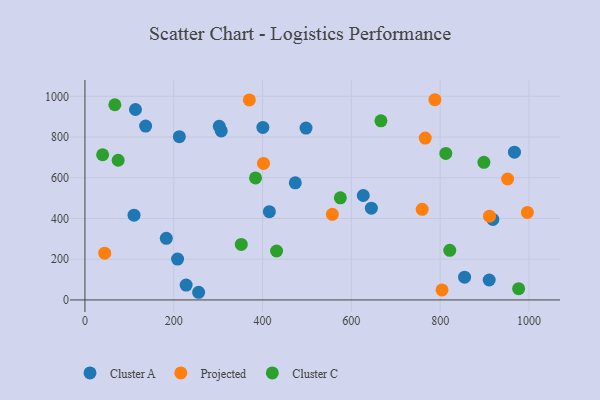
{"axis": {"x": "Distance", "y": "Yield"}, "legend": ["Cluster A", "Cluster C", "Projected"], "data": [{"x": "136.6", "y": 854.0, "type": "Cluster A"}, {"x": "183.2", "y": 302.5, "type": "Cluster A"}, {"x": "110.5", "y": 416.1, "type": "Cluster A"}, {"x": "212.6", "y": 801.8, "type": "Cluster A"}, {"x": "645.0", "y": 450.6, "type": "Cluster A"}, {"x": "113.8", "y": 935.1, "type": "Cluster A"}, {"x": "227.9", "y": 72.9, "type": "Cluster A"}, {"x": "208.6", "y": 200.6, "type": "Cluster A"}, {"x": "497.9", "y": 844.1, "type": "Cluster A"}, {"x": "967.3", "y": 725.7, "type": "Cluster A"}, {"x": "855.0", "y": 111.8, "type": "Cluster A"}, {"x": "307.0", "y": 829.9, "type": "Cluster A"}, {"x": "626.8", "y": 513.0, "type": "Cluster A"}, {"x": "256.0", "y": 37.7, "type": "Cluster A"}, {"x": "415.3", "y": 433.5, "type": "Cluster A"}, {"x": "302.5", "y": 853.0, "type": "Cluster A"}, {"x": "400.7", "y": 847.4, "type": "Cluster A"}, {"x": "910.4", "y": 98.0, "type": "Cluster A"}, {"x": "918.7", "y": 395.6, "type": "Cluster A"}, {"x": "473.7", "y": 574.9, "type": "Cluster A"}, {"x": "370.2", "y": 982.2, "type": "Projected"}, {"x": "788.1", "y": 983.2, "type": "Projected"}, {"x": "911.1", "y": 411.5, "type": "Projected"}, {"x": "996.4", "y": 429.6, "type": "Projected"}, {"x": "759.5", "y": 445.0, "type": "Projected"}, {"x": "766.4", "y": 795.1, "type": "Projected"}, {"x": "557.2", "y": 420.4, "type": "Projected"}, {"x": "44.5", "y": 229.9, "type": "Projected"}, {"x": "804.2", "y": 49.2, "type": "Projected"}, {"x": "402.1", "y": 670.6, "type": "Projected"}, {"x": "951.9", "y": 594.0, "type": "Projected"}, {"x": "575.2", "y": 501.7, "type": "Cluster C"}, {"x": "666.6", "y": 879.7, "type": "Cluster C"}, {"x": "898.5", "y": 676.0, "type": "Cluster C"}, {"x": "39.8", "y": 713.0, "type": "Cluster C"}, {"x": "821.6", "y": 243.5, "type": "Cluster C"}, {"x": "431.6", "y": 240.3, "type": "Cluster C"}, {"x": "812.7", "y": 719.4, "type": "Cluster C"}, {"x": "352.1", "y": 272.8, "type": "Cluster C"}, {"x": "384.1", "y": 599.2, "type": "Cluster C"}, {"x": "67.3", "y": 958.5, "type": "Cluster C"}, {"x": "976.7", "y": 55.5, "type": "Cluster C"}, {"x": "74.8", "y": 686.1, "type": "Cluster C"}]}